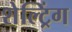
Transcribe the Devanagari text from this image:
शेल्ट्रिंग